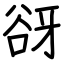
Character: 谺